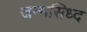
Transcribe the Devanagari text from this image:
जन्मसिध्द